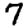
Digit: 7